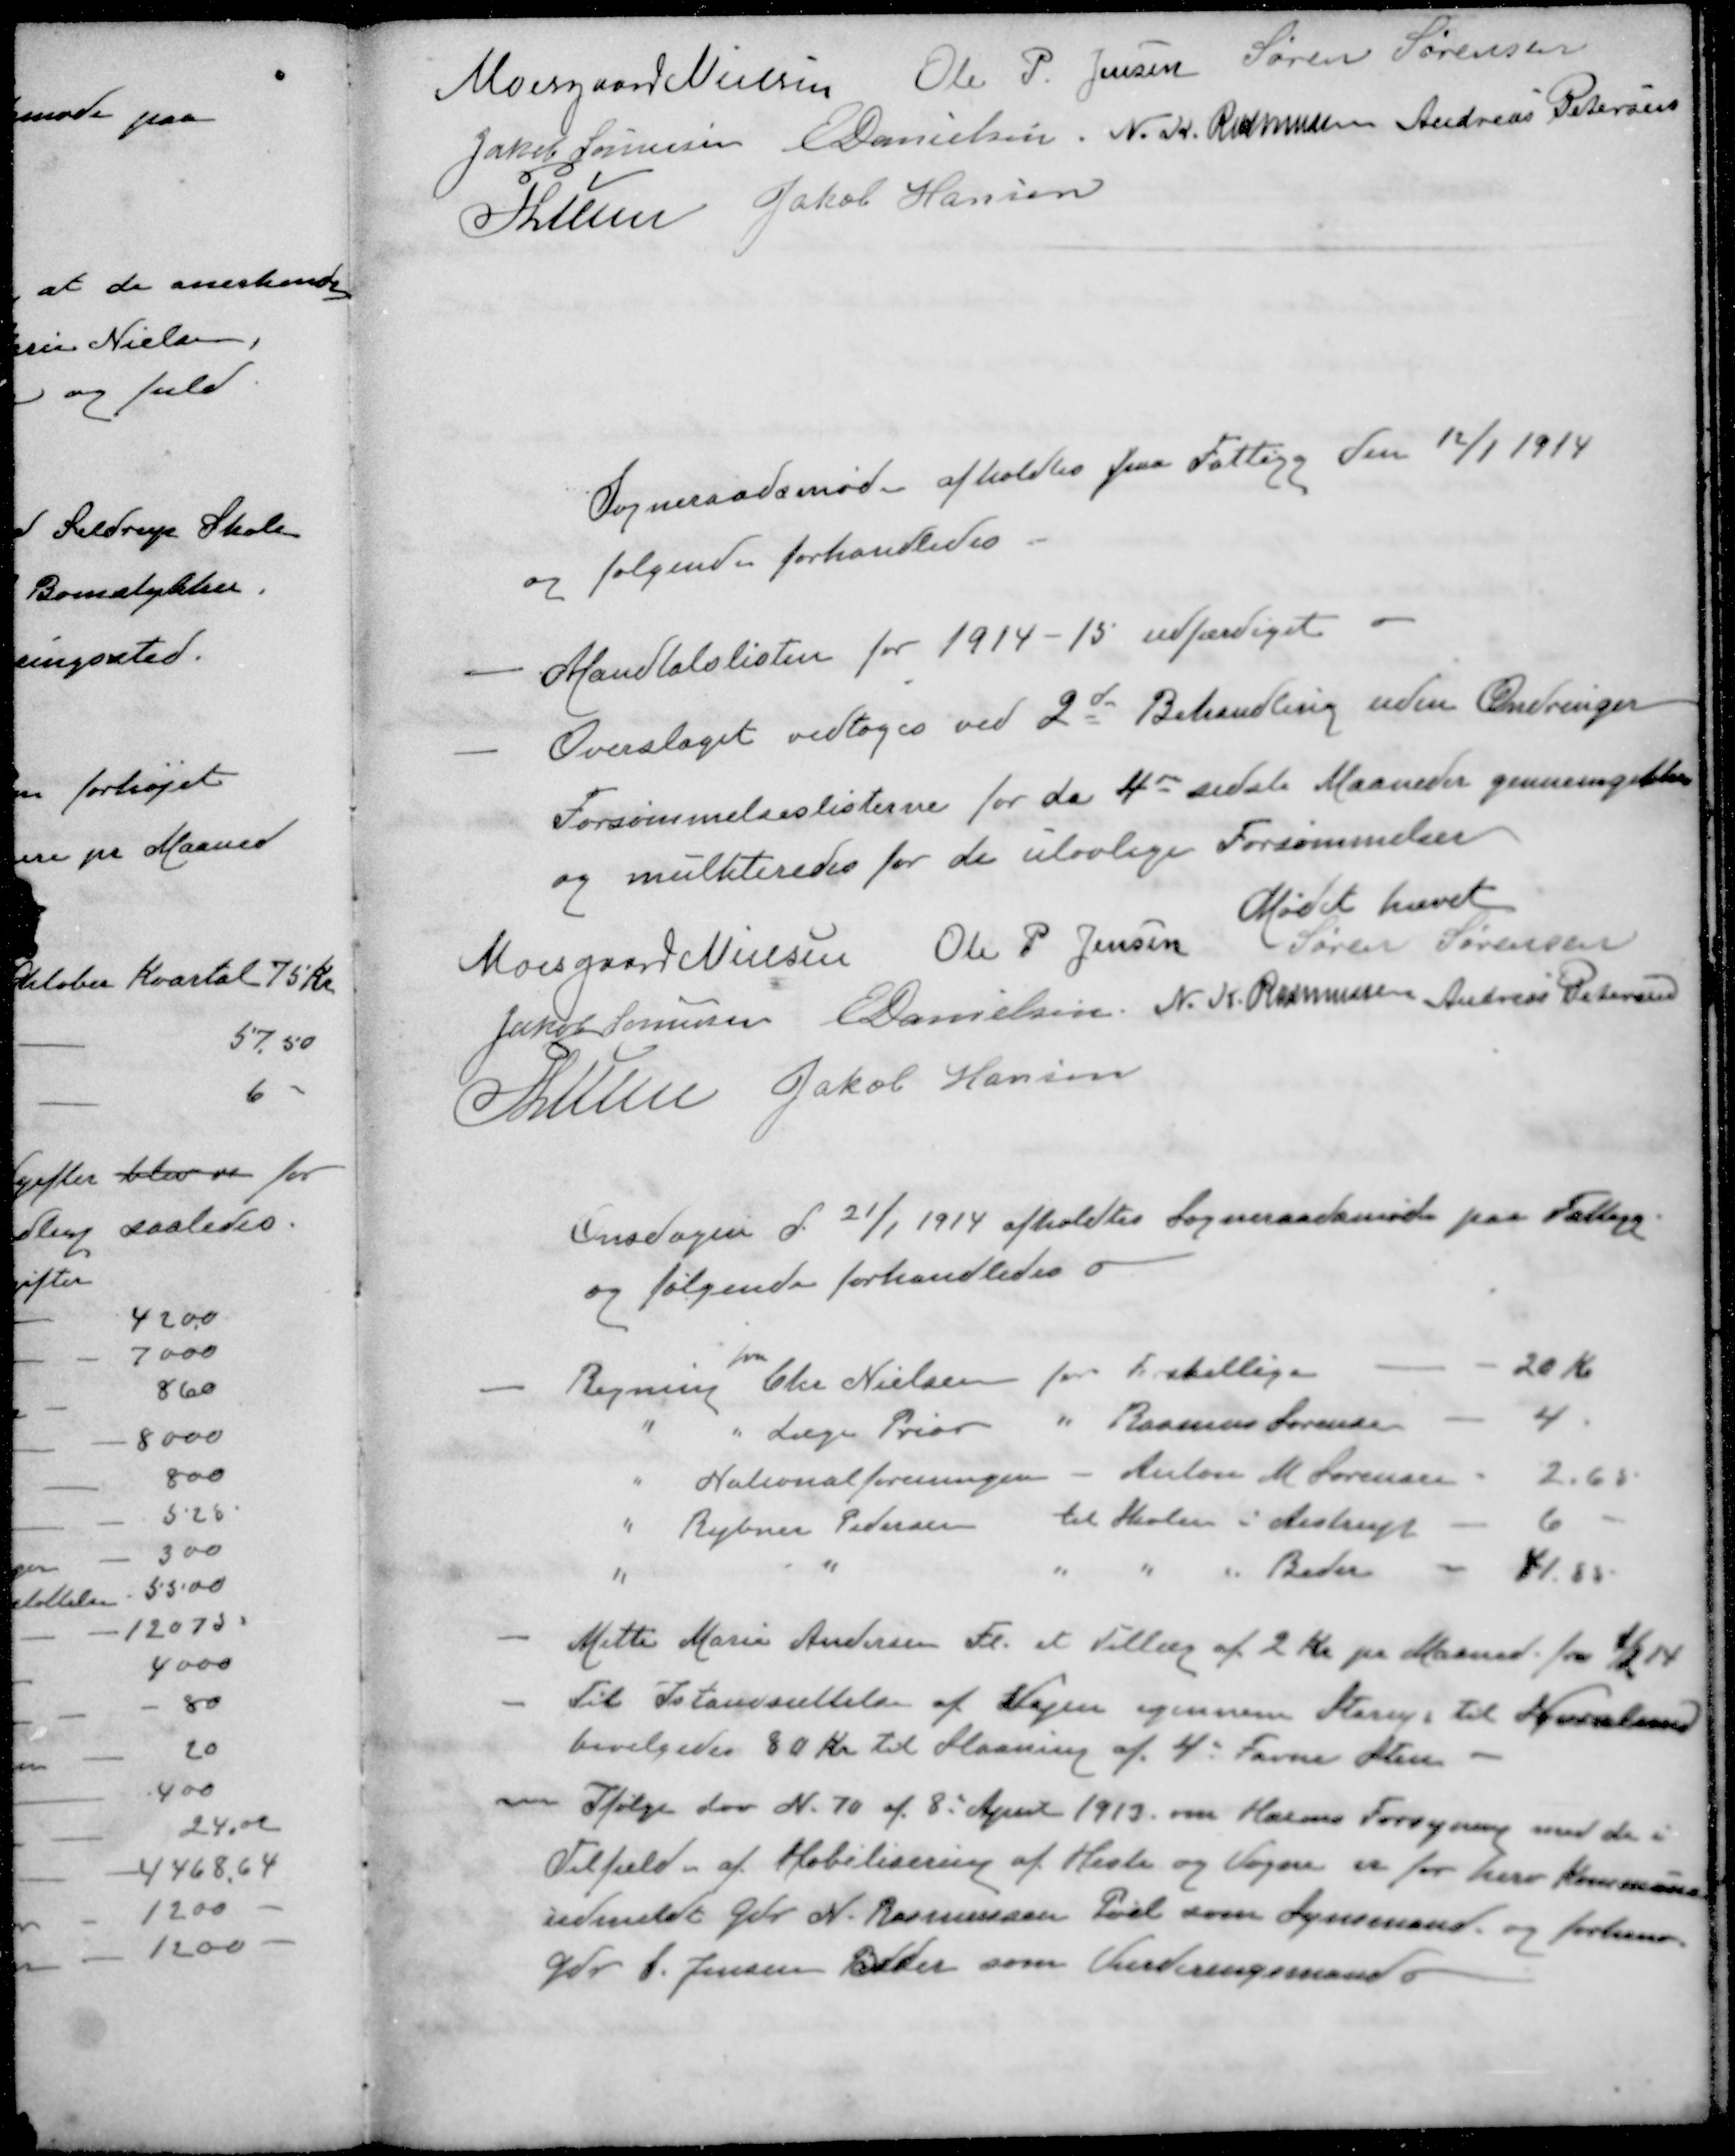
Transskription:
Moesgaard Nielsen
Ole P. Jensen
Søren Sørensen
Jakob Sørensen
E Danielsen
N. K. Rasmussen
Andreas Petersen
P Lunn
Jakob Hansen
Sogneraadsmøde afholdtes paa Fattigg den 12/1 1914
og følgende forhandledes
- Mandtalslisten for 1914-15 udfærdiget
- Overslaget vedtoges ved 2de Behandling uden Ændringer
Forsømmelseslisterne for da 4de sidste Maaneder gennemgikkes
og mulkteredes for de ulovlige Forsømmelser
Mødet hævet
Moesgaard Nielsen
Ole P Jensen
Søren Sørensen
Jakob Sørensen
E Danielsen
N. K. Rasmussen
Andreas Petersen
P Lunn
Jakob Hansen
Onsdagen d 21/1 1914 afholdtes Sogneraadsmøde paa Fattigg
og følgende forhandledes
fra
- Regning Chr Nielsen for Forskellige - - 20 Kr
" " Læge Prior " Rasmus Sørensen - 4
" Nationalforeningen - Anton M. Sørensen - 2,65
" Rybner Pedersen til Skolen i Aistrup - 6
" " " " " Beder - 41.85
- Mette Marie Andersen Fl. et Tillæg af 2 Kr pr Maaned fra 1/2 14
- Til Istandsættelse af Vejen igennem Starup til Norslund
bevilgedes 80 Kr. til Slaaning af 4 Favne Sten
- Ifølge Lov N. 70 af 8' April 1913 om Hærens Forsyning med de i
Tilfælde af Mobilisering af Heste og Vogne er for herv Kommune
udmeldt Gdr N. Rasmussen Pøel som Synsmand og forhenv
Gdr S. Jensen Beder som Vurderingsmand